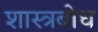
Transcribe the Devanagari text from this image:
शास्त्रबोध